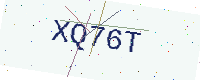
Text: XQ76T